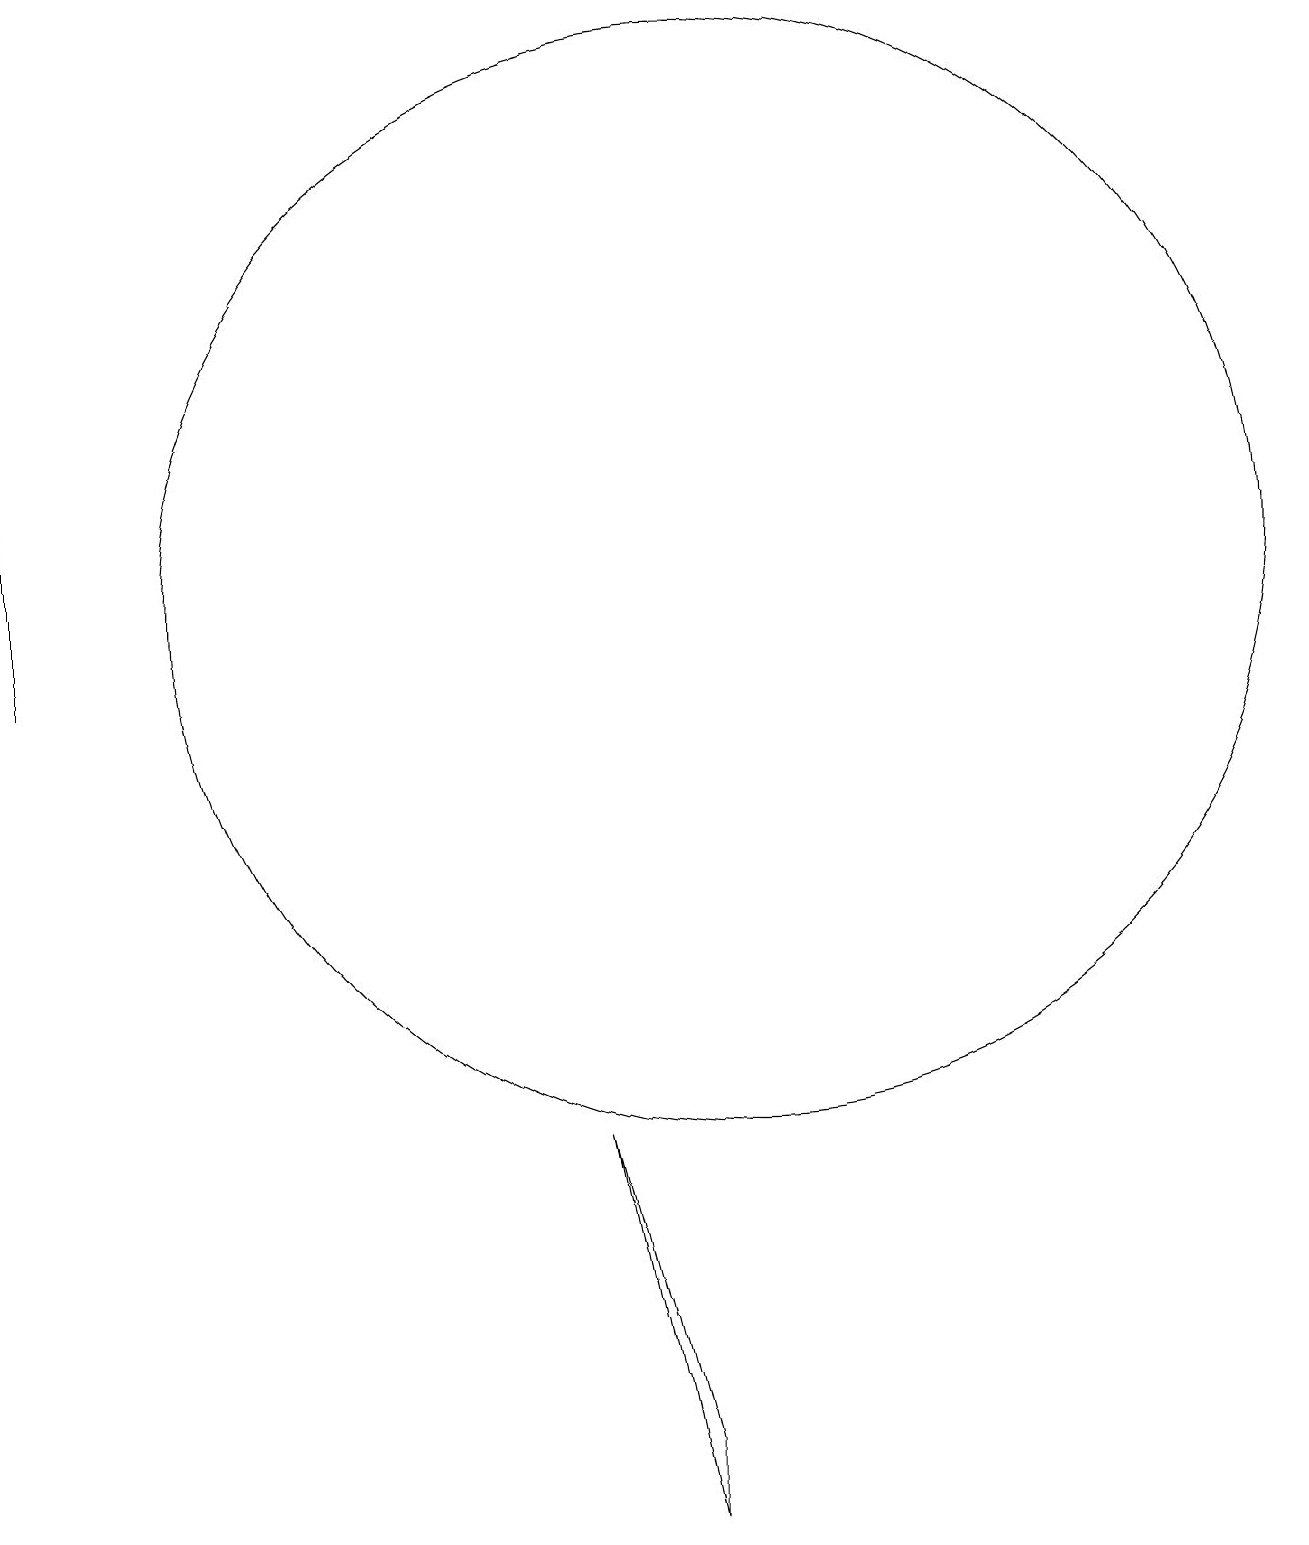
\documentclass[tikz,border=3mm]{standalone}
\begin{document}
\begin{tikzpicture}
\draw (1,11) rectangle (1,18);
\draw (10,12) circle (7);
\draw (8,5) -- (9,1) -- (9,0) -- cycle;
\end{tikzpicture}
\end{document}